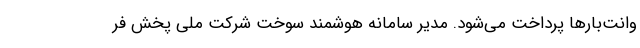
وانت‌بارها پرداخت می‌شود. مدیر سامانه هوشمند سوخت شرکت ملی پخش فر